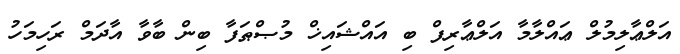
އަލްޢާލިމުލް ޢައްލާމާ އަލްޢާރިފް ބި އައްޝައިޚް މުޞްޠަފާ ބިން ބާވާ އާދަމް ރަހިމަހު